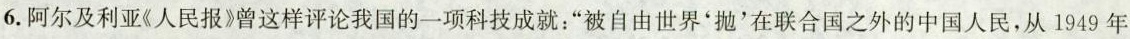
6.阿尔及利亚《人民报》曾这样评论我国的一项科技成就：”被自由世界'抛'在联合国之外的中国人民，从1949年